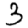
Digit: 3